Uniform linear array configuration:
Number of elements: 12
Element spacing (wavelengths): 1
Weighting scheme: exponential
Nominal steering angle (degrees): -60
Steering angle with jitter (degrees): -59.752
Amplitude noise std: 0.05
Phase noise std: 0.05

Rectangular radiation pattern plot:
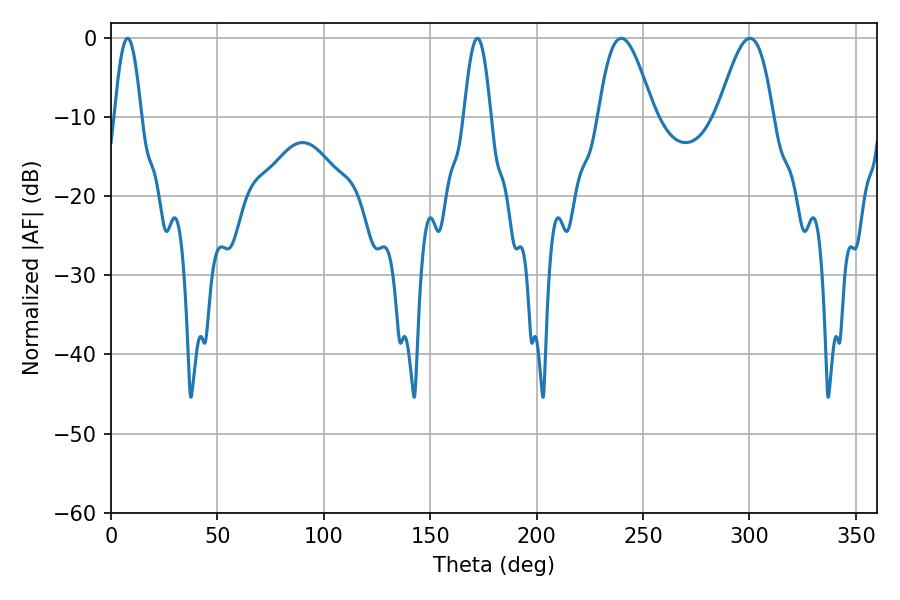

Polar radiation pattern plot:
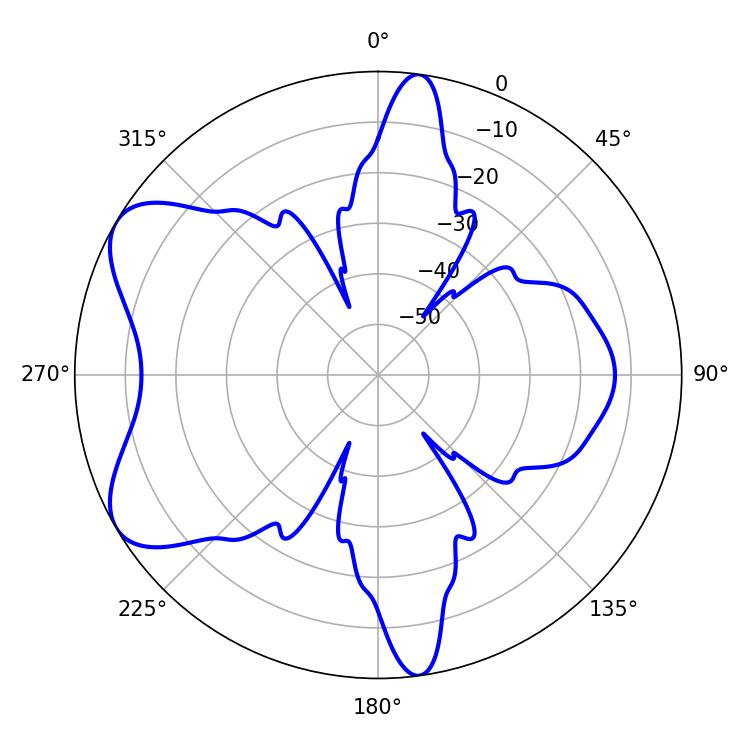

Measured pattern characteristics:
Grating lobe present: TRUE
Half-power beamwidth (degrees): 14.04
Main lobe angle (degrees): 239.76